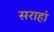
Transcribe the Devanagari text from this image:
सराहां